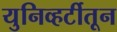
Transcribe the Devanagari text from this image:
युनिव्हर्टीतून